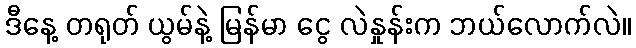
ဒီနေ့ တရုတ် ယွမ်နဲ့ မြန်မာ ငွေ လဲနှုန်းက ဘယ်လောက်လဲ။